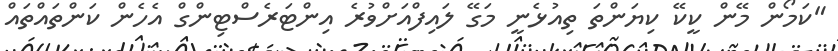
"ކަމޯން މޭން ކީކޭ ކިޔަންތަ ތިއުޅެނީ މަގޭ ލައިފްއަށްވުރެ އިންޓަރެސްޓިންގް އެހެން ކަންތައްތައް